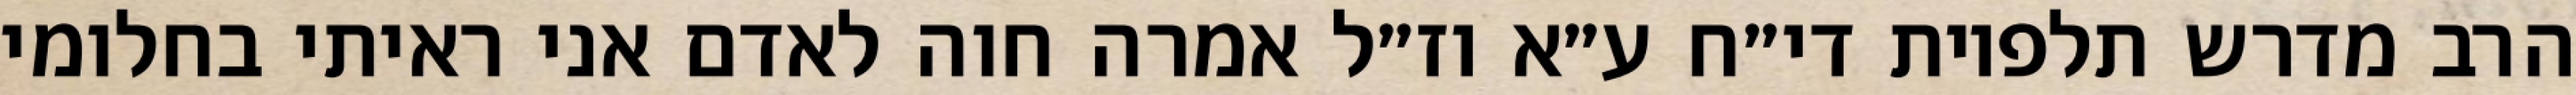
הרב מדרש תלפיות די״ח ע״א וז״ל אמרה חוה לאדם אני ראיתי בחלומי